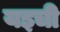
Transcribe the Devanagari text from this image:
यइची